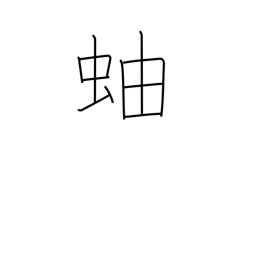
Meaning: millipede